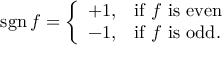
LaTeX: \operatorname { s g n } f = { \left\{ \begin{array} { l l } { + 1 , } & { { \mathrm { i f ~ } } f { \mathrm { ~ i s ~ e v e n } } } \\ { - 1 , } & { { \mathrm { i f ~ } } f { \mathrm { ~ i s ~ o d d } } . } \end{array} \right. }